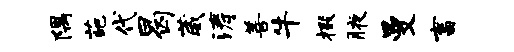
隅葩代曷葳涛善牛掇腋曼畜